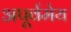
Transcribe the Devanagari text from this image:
अपूर्वमेय